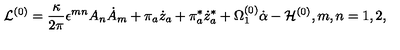
{ \cal L } ^ { ( 0 ) } = \frac { \kappa } { 2 \pi } \epsilon ^ { m n } A _ { n } \dot { A } _ { m } + \pi _ { a } \dot { z } _ { a } + \pi _ { a } ^ { * } \dot { z } _ { a } ^ { * } + \Omega _ { 1 } ^ { ( 0 ) } \dot { \alpha } - { \cal H } ^ { ( 0 ) } , m , n = 1 , 2 ,